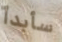
سأبدأ